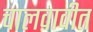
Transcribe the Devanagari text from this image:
चालवावीत